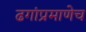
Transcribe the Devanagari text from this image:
ढगांप्रमाणेच